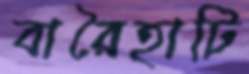
বারৈহাটি